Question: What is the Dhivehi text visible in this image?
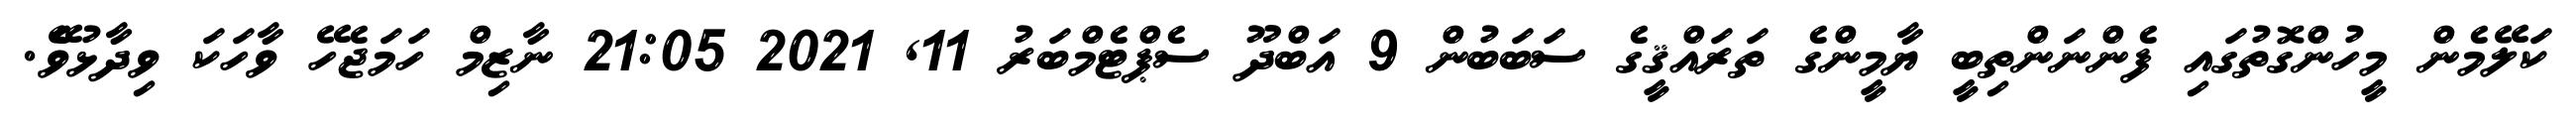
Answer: ކަލޭމެން މީހުންގޮތުގައި ފެންނަންތިބީ ޔާމީންގެ ތަރައްޤީގެ ސަބަބުން 9 އަބްދޫ ސެޕްޓެމްބަރު 11, 2021 21:05 ނާޒިމް ހަމަޖެހޭ ވާހަކަ ވިދާޅުވެޭ.